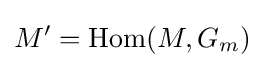
M'=\operatorname {Hom} (M,G_{m})